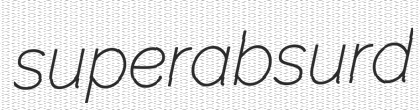
superabsurd